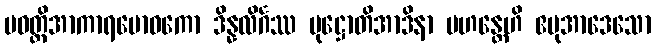
ပဝတ္တိအာကာရဗောဓကော ဒိန္နလိင်္ဂဿ ပုဋ္ဌောတိအာဒိနာ မဟန္တေဟိ ဧမုအာဒေသော